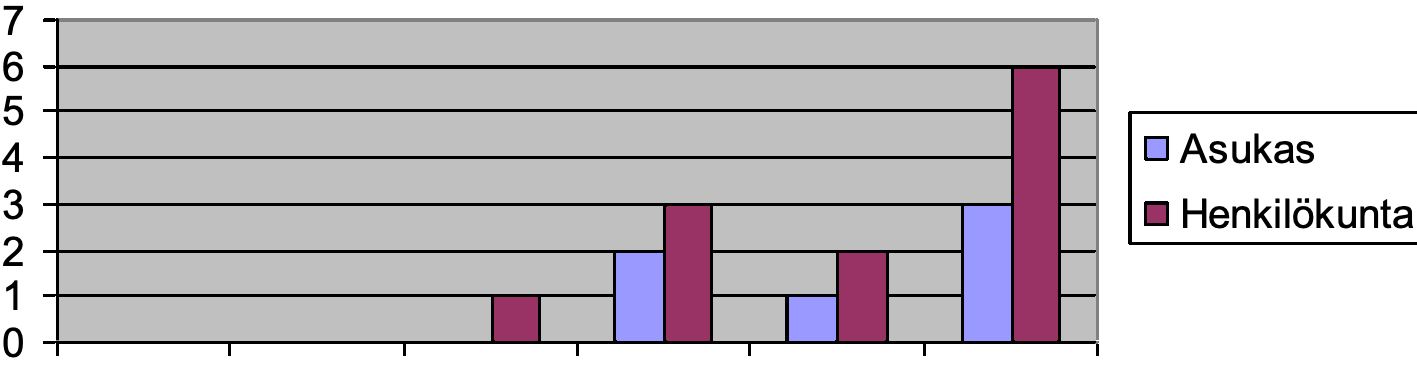
7 6 5 4                                      Asukas 3                                      Henkilökunta 2 1 0